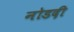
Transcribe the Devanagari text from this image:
नोडदी